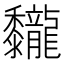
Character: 𪐖